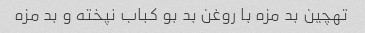
تهچین بد مزه با روغن بد بو کباب نپخته و بد مزه